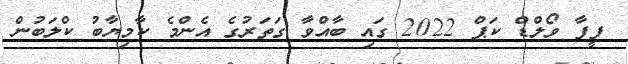
ފީފާ ވޯލްޑް ކަޕް 2022 ގައި ބާއްވާ ގަތަރުގެ އެންމެ ކާމިޔާބު ކްލަބުން